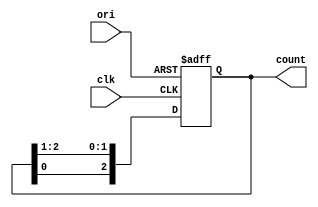
module pes_3bit_rc(clk, ori, count);
	input clk;
	input ori;
	output[2:0] count;
	reg[2:0] temp;
	always @(posedge clk or posedge ori)
	begin
		if(ori == 1)
		begin 
			temp <= 3'b100;
		end
		else
			temp <= {temp[0], temp[2:1]};
	end
	assign count = temp;
endmodule